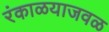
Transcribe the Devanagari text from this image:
रंकाळयाजवळ